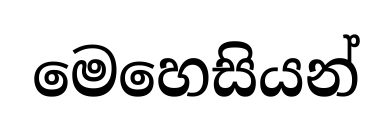
මෙහෙසියන්